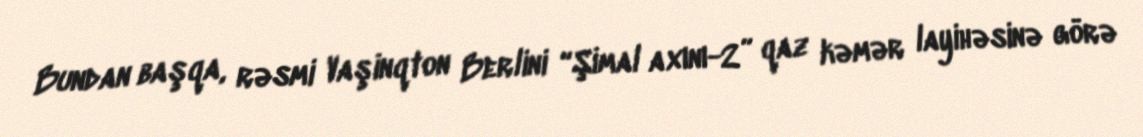
Bundan başqa, rəsmi Vaşinqton Berlini “Şimal axını-2” qaz kəmər layihəsinə görə